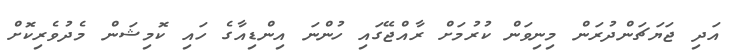
އަދި ޖަޔަޗަންދުރަން މިނިވަން ކުރުމަށް ރާއްޖޭގައި ހުންނަ އިންޑިއާގެ ހައި ކޮމިޝަން މެދުވެރިކޮށް